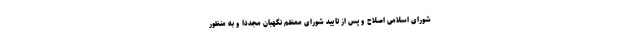
شورای اسلامی اصلاح و پس از تایید شورای معظم نگهبان مجددا و به منظور